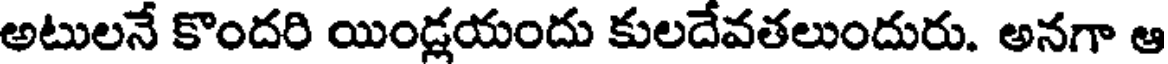
అటులనే కొందరి యిండ్లయందు కులదేవతలుందురు. అనగా ఆ